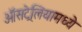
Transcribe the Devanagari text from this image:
ऑसट्रेलियामध्ये